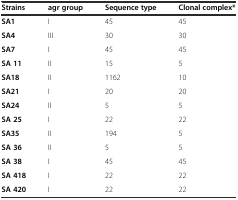
<table><thead><tr><td><b>Strains</b></td><td><b>agr group</b></td><td><b>Sequence type</b></td><td><b>Clonal complex*</b></td></tr></thead><tbody><tr><td><b>SA1</b></td><td>I</td><td>45</td><td>45</td></tr><tr><td><b>SA4</b></td><td>III</td><td>30</td><td>30</td></tr><tr><td><b>SA7</b></td><td>I</td><td>45</td><td>45</td></tr><tr><td><b>SA 11</b></td><td>II</td><td>15</td><td>5</td></tr><tr><td><b>SA18</b></td><td>II</td><td>1162</td><td>10</td></tr><tr><td><b>SA21</b></td><td>I</td><td>20</td><td>20</td></tr><tr><td><b>SA24</b></td><td>II</td><td>5</td><td>5</td></tr><tr><td><b>SA 25</b></td><td>I</td><td>22</td><td>22</td></tr><tr><td><b>SA35</b></td><td>II</td><td>194</td><td>5</td></tr><tr><td><b>SA 36</b></td><td>II</td><td>5</td><td>5</td></tr><tr><td><b>SA 38</b></td><td>I</td><td>45</td><td>45</td></tr><tr><td><b>SA 418</b></td><td>I</td><td>22</td><td>22</td></tr><tr><td><b>SA 420</b></td><td>I</td><td>22</td><td>22</td></tr></tbody></table>